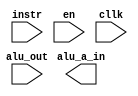
`timescale 1ns / 1ps

module regfile(
    input [3:0] instr,
    input [3:0] alu_out,
    output [3:0] alu_a_in,
    input en,
    input cllk
    );
endmodule